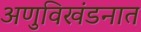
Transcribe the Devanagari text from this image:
अणुविखंडनात